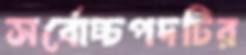
সর্বোচ্চপদটির